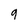
Character: 9